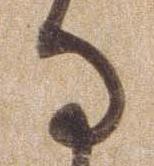
る